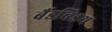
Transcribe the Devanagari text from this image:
बैंडबिडथ